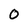
Character: 0